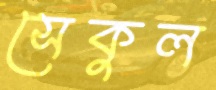
সেকুল